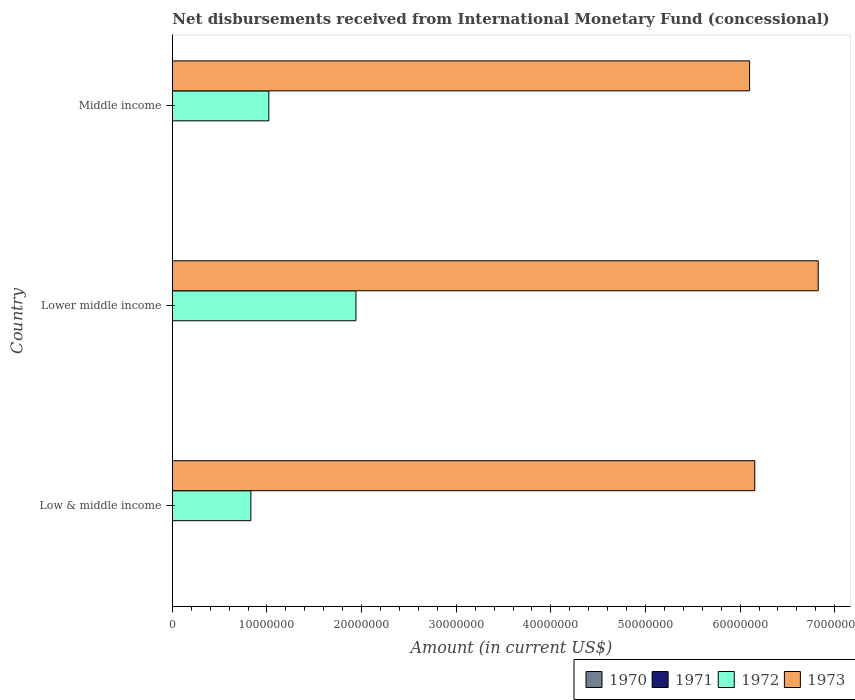
| Country | 1970 | 1971 | 1972 | 1973 |
 | --- | --- | --- | --- | --- |
 | Low & middle income | -2.02e+08 | -1.57e+07 | 8.3e+06 | 6.16e+07 |
 | Lower middle income | -2.02e+08 | -4.76e+06 | 1.94e+07 | 6.83e+07 |
 | Middle income | -2.02e+08 | -1.22e+07 | 1.02e+07 | 6.1e+07 |